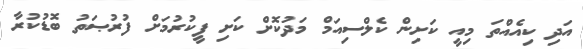
އަދި ކިއެއްތަ މިއީ ކަށިން ކެލްސިއަމް މަދުކޮށް ކަށި ފީކުރުމަށް ފުރުޞަތު ބޮޑުކުރާ